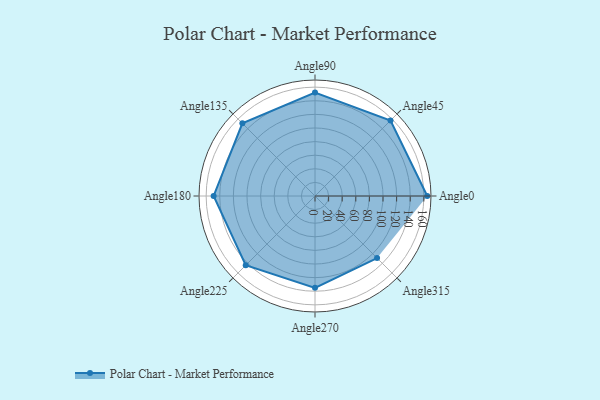
{"axis": {"x": "Angle", "y": "Radius"}, "legend": [""], "data": [{"x": "Angle0", "y": 165.0, "type": ""}, {"x": "Angle45", "y": 157.0, "type": ""}, {"x": "Angle90", "y": 152.0, "type": ""}, {"x": "Angle135", "y": 151.0, "type": ""}, {"x": "Angle180", "y": 149.0, "type": ""}, {"x": "Angle225", "y": 144.0, "type": ""}, {"x": "Angle270", "y": 135.0, "type": ""}, {"x": "Angle315", "y": 129.0, "type": ""}]}